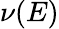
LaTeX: \nu(E)